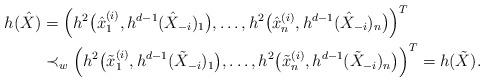
LaTeX: \begin{align*} h(\hat{X})&=\left(h^2\big(\hat{x}^{(i)}_1,h^{d-1}(\hat{X}_{-i})_1\big),\dots,h^2\big(\hat{x}^{(i)}_n,h^{d-1}(\hat{X}_{-i})_n\big)\right)^T\\ &\prec_w\left(h^2\big(\tilde{x}^{(i)}_1,h^{d-1}(\tilde{X}_{-i})_1\big),\dots,h^2\big(\tilde{x}^{(i)}_n,h^{d-1}(\tilde{X}_{-i})_n\big)\right)^T=h(\tilde{X}). \end{align*}